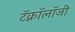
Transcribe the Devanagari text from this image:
टॅक्नॉलॉजी